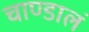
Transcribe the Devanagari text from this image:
चाण्डालं